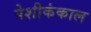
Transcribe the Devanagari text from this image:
पेशीकंकाल